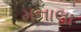
મનાલા